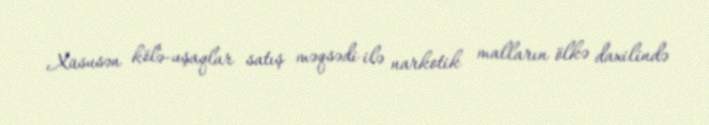
Xüsusən kölə-uşaqlar satış məqsədi ilə narkotik malların ölkə daxilində